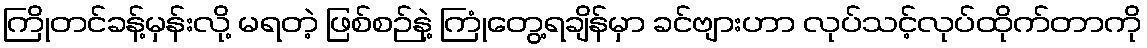
ကြိုတင်ခန့်မှန်းလို့ မရတဲ့ ဖြစ်စဉ်နဲ့ ကြုံတွေ့ရချိန်မှာ ခင်ဗျားဟာ လုပ်သင့်လုပ်ထိုက်တာကို